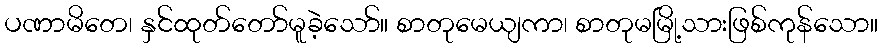
ပဏာမိတေ၊ နှင်ထုတ်တော်မူခဲ့သော်။ စာတုမေယျကာ၊ စာတုမမြို့သားဖြစ်ကုန်သော။